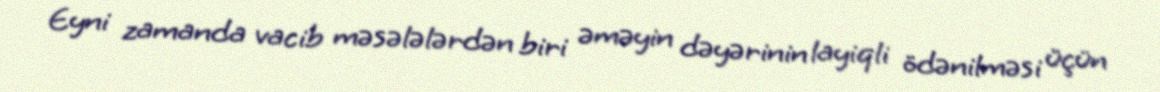
Eyni zamanda vacib məsələlərdən biri əməyin dəyərinin layiqli ödənilməsi üçün